Problem: 60 ÷ 6 = ?
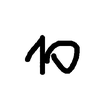
Handwritten answer: 10